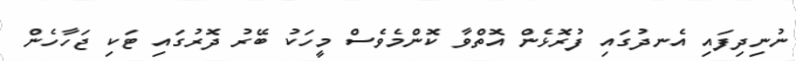
ނުނިދިފައި އެނދުގައި ފުރޮޅެން އޮތްވާ ކޮންމެވެސް މީހަކު ބޭރު ދޮރުގައި ޓަކި ޖަހާހެން